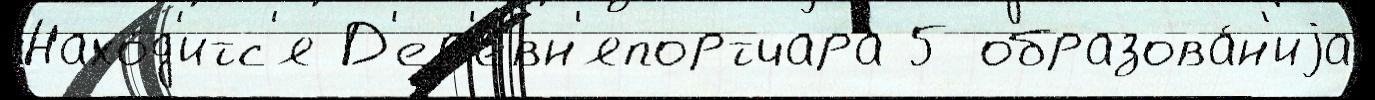
Нахо́д'итс'я Д'ер'евн'япортчара 5 образова́н'иjа